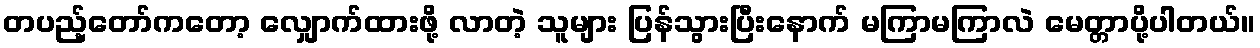
တပည့်တော်ကတော့ လျှောက်ထားဖို့ လာတဲ့ သူများ ပြန်သွားပြီးနောက် မကြာမကြာလဲ မေတ္တာပို့ပါတယ်။